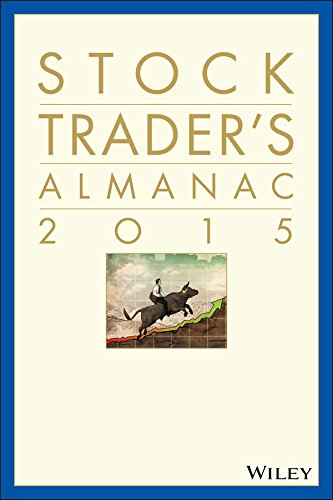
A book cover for Stock Trader's Almanac 2015 (Almanac Investor Series); Jeffrey A. Hirsch; Business & Money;